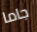
جاما